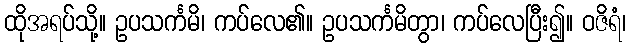
ထိုအရပ်သို့။ ဥပသင်္ကမိ၊ ကပ်လေ၏။ ဥပသင်္ကမိတွာ၊ ကပ်လေပြီး၍။ ဝဇိရံ၊